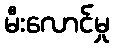
မီးလောင်မှု